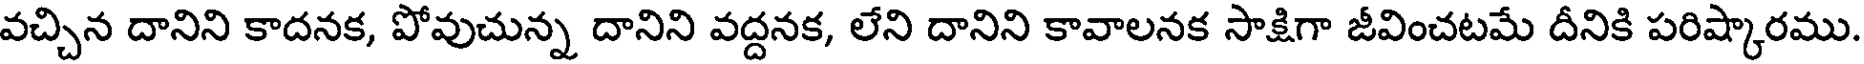
వచ్చిన దానిని కాదనక, పోవుచున్న దానిని వద్దనక, లేని దానిని కావాలనక సాక్షిగా జీవించటమే దీనికి పరిష్కారము.